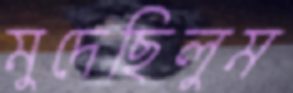
মুদেছিলুম